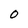
Character: 0